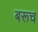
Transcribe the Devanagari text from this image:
बरूच